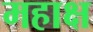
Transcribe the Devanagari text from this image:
महाक्ष